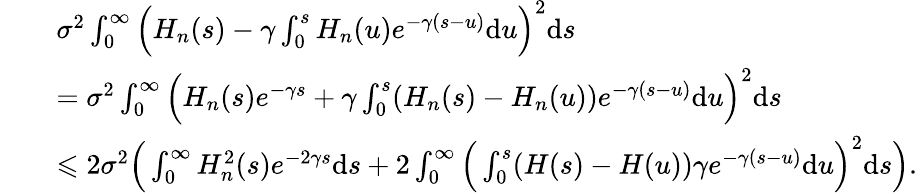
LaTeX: \begin{array}{rl}&{\sigma^{2}\int_{0}^{\infty}\Big(H_{n}(s)-\gamma\int_{0}^{s}H_{n}(u)e^{-\gamma(s-u)}\mathrm{d}u\Big)^{2}\mathrm{d}s}\\ {\quad}&{=\sigma^{2}\int_{0}^{\infty}\Big(H_{n}(s)e^{-\gamma s}+\gamma\int_{0}^{s}(H_{n}(s)-H_{n}(u))e^{-\gamma(s-u)}\mathrm{d}u\Big)^{2}\mathrm{d}s}\\ {\quad}&{\leqslant 2\sigma^{2}\Big(\int_{0}^{\infty}H_{n}^{2}(s)e^{-2\gamma s}\mathrm{d}s+2\int_{0}^{\infty}\Big(\int_{0}^{s}(H(s)-H(u))\gamma e^{-\gamma(s-u)}\mathrm{d}u\Big)^{2}\mathrm{d}s\Big).}\end{array}